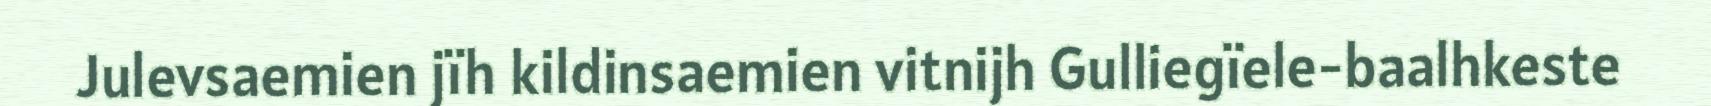
Julevsaemien jïh kildinsaemien vitnijh Gulliegïele-baalhkeste